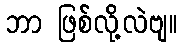
ဘာ ဖြစ်လို့လဲဗျ။